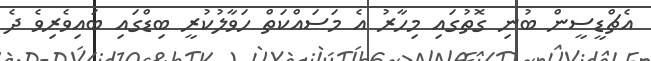
އެޗްޑީސީން ބުނި ގޮތުގައި މިހާރު އެ މަސައްކަތް ހަވާލުކުރީ ބިޑްގައި ބައިވެރިވެ ދެ